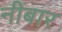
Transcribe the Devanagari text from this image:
नीबार